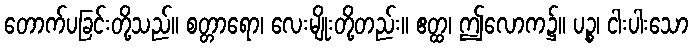
တောက်ပခြင်းတို့သည်။ စတ္တာရော၊ လေးမျိုးတို့တည်း။ ဧတ္ထ၊ ဤလောက၌။ ပဉ္စ၊ ငါးပါးသော